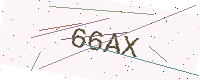
Text: 66AX